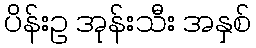
ပိန်းဥ အုန်းသီး အနှစ်